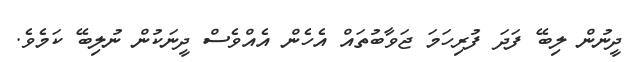
ދީނުން ލިބޭ ފަދަ ފުރިހަމަ ޖަވާބުތައް އެހެން އެއްވެސް ދީނަކުން ނުލިބޭ ކަމެވެ.